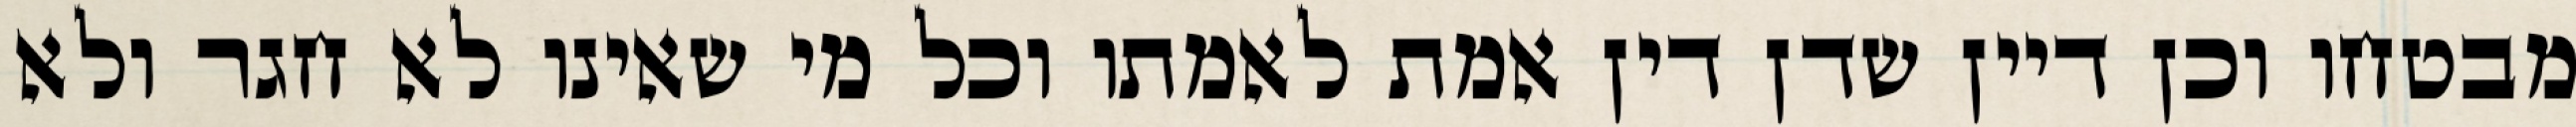
מבטחו וכן דיין שדן דין אמת לאמתו וכל מי שאינו לא חגר ולא